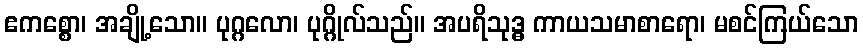
ဧကစ္စော၊ အချို့သော။ ပုဂ္ဂလော၊ ပုဂ္ဂိုလ်သည်။ အပရိသုဒ္ဓ ကာယသမာစာရော၊ မစင်ကြယ်သော